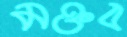
মক্তব